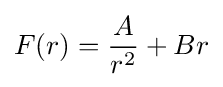
F(r)={\frac {A}{r^{2}}}+Br